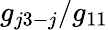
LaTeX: g_{j3-j}/g_{11}